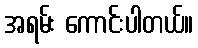
အရမ်း ကောင်းပါတယ်။